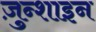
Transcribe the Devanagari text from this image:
ज़ुन्शाइन